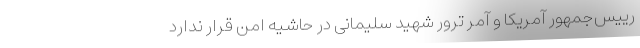
رییس‌جمهور آمریکا و آمر ترور شهید سلیمانی در حاشیه امن قرار ندارد